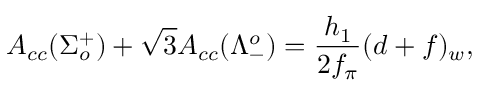
A _ { c c } ( \Sigma _ { o } ^ { + } ) + \sqrt { 3 } A _ { c c } ( \Lambda _ { - } ^ { o } ) = \frac { h _ { 1 } } { 2 f _ { \pi } } ( d + f ) _ { w } ,